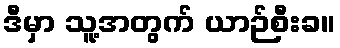
ဒီမှာ သူ့အတွက် ယာဉ်စီးခ။